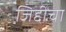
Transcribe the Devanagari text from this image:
जिद्दीचा